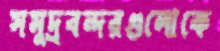
সমুদ্রবন্দরগুলোকে